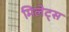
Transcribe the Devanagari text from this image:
मिलेट्स